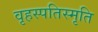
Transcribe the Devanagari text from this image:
वृहस्पतिस्मृति